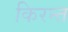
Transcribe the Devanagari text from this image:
किरन्त